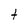
Character: t